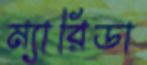
ম্যারিডা